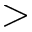
>